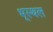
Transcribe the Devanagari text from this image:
भूस्थल